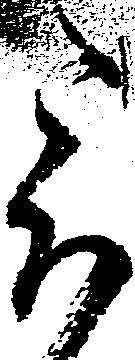
被